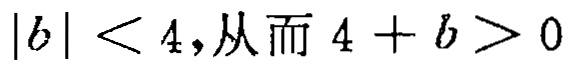
\(|b| < 4,\text{从而 }4 + b > 0\)